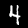
Label: 4